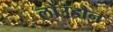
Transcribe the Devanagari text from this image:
लोउडौन